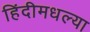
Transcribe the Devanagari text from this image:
हिंदीमधल्या